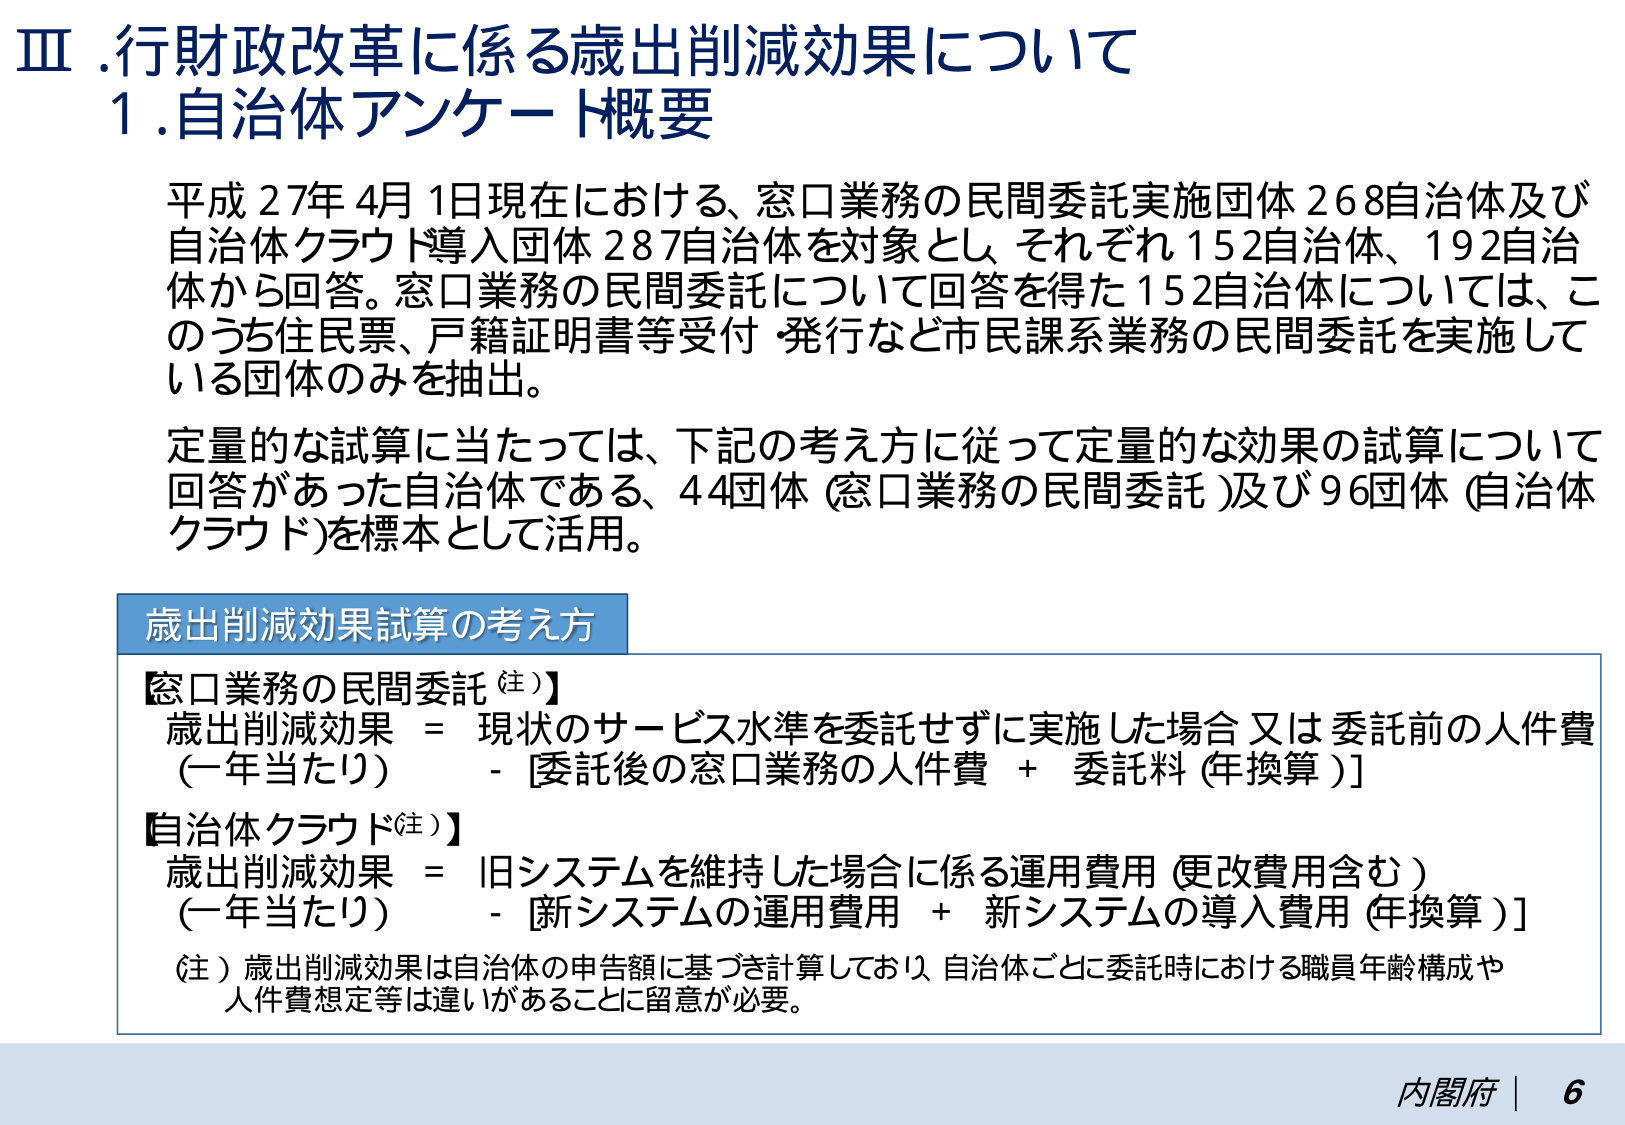
Ⅲ. 行財政改革に係る歳出削減効果について
1. 自治体アンケート概要

平成27年4月1日現在における、窓口業務の民間委託実施団体268自治体及び
自治体クラウド導入団体287自治体を対象とし、それぞれ152自治体、192自治
体から回答。窓口業務の民間委託について回答を得た152自治体については、こ
のうち住民票、戸籍証明書等受付・発行など市民課系業務の民間委託を実施して
いる団体のみを抽出。

定量的な試算に当たっては、下記の考え方によって定量的な効果の試算について
回答があった自治体である、44団体（窓口業務の民間委託）及び96団体（自治体
クラウド）を標本として活用。

歳出削減効果試算の考え方

【窓口業務の民間委託（注）】
歳出削減効果（一年当たり）＝ 現状のサービス水準を委託せずに実施した場合又は委託前の人件費
　　－［委託後の窓口業務の人件費 ＋ 委託料（年換算）］

【自治体クラウド（注）】
歳出削減効果（一年当たり）＝ 旧システムを維持した場合に係る運用費用（更改費用含む）
　　－［新システムの運用費用 ＋ 新システムの導入費用（年換算）］

（注）歳出削減効果は自治体の申告額に基づき計算しており、自治体ごとに委託時における職員年齢構成や
　　人件費想定等は違いがあることに留意が必要。

内閣府 | 6